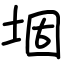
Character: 堌